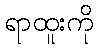
ရာထူးကို